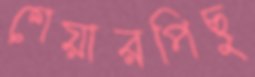
শেয়ারপিছু